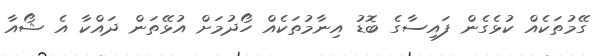
ގޭމުތަކެއް ކުޅެގެން ފައިސާގެ ބޮޑު އިނާމުތަކެއް ހޯދުމަށް އުޅޭތަން ދައްކާ އެ ޝޯއާ